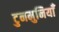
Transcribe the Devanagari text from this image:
टुनमुनियाँ